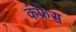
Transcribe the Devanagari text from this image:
कंफ्रेस